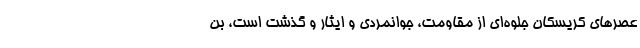
عصرهای کریسکان جلوه‌ای از مقاومت، جوانمردی و ایثار و گذشت است، بن